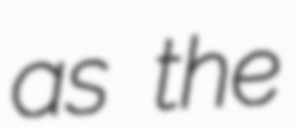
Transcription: as the